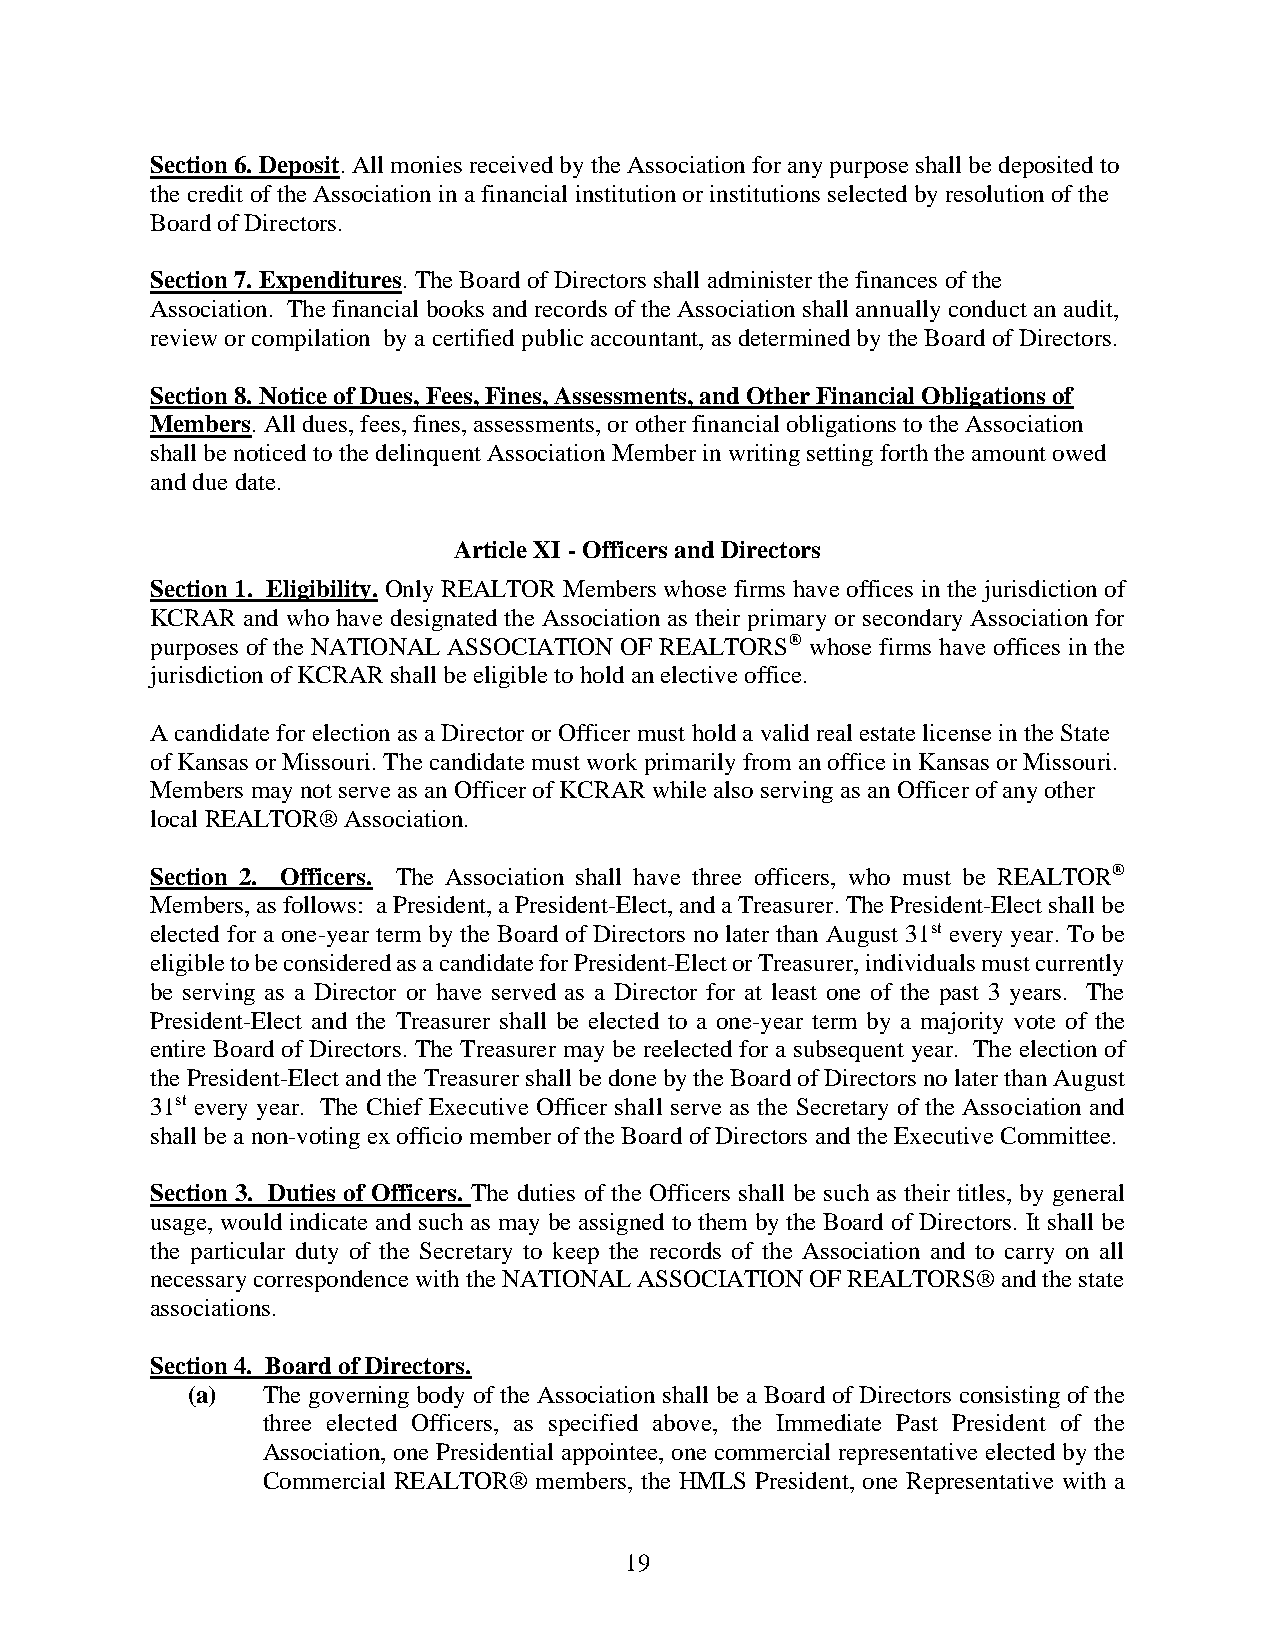
Section 6. Deposit. All monies received by the Association for any purpose shall be deposited to
 the credit of the Association in a financial institution or institutions selected by resolution of the
 Board of Directors.
 Section 7. Expenditures. The Board of Directors shall administer the finances of the
 Association. The financial books and records of the Association shall annually conduct an audit,
 review or compilation by a certified public accountant, as determined by the Board of Directors.
 Section 8. Notice of Dues, Fees, Fines, Assessments, and Other Financial Obligations of
 Members. All dues, fees, fines, assessments, or other financial obligations to the Association
 shall be noticed to the delinquent Association Member in writing setting forth the amount owed
 and due date.
 Article XI - Officers and Directors
 Section 1. Eligibility. Only REALTOR Members whose firms have offices in the jurisdiction of
 KCRAR and who have designated the Association as their primary or secondary Association for
 purposes of the NATIONAL ASSOCIATION OF REALTORS® whose firms have offices in the
 jurisdiction of KCRAR shall be eligible to hold an elective office.
 A candidate for election as a Director or Officer must hold a valid real estate license in the State
 of Kansas or Missouri. The candidate must work primarily from an office in Kansas or Missouri.
 Members may not serve as an Officer of KCRAR while also serving as an Officer of any other
 local REALTOR® Association.
 Section 2. Officers. The Association shall have three officers, who must be REALTOR®
 Members, as follows: a President, a President-Elect, and a Treasurer. The President-Elect shall be
 elected for a one-year term by the Board of Directors no later than August 31st every year. To be
 eligible to be considered as a candidate for President-Elect or Treasurer, individuals must currently
 be serving as a Director or have served as a Director for at least one of the past 3 years. The
 President-Elect and the Treasurer shall be elected to a one-year term by a majority vote of the
 entire Board of Directors. The Treasurer may be reelected for a subsequent year. The election of
 the President-Elect and the Treasurer shall be done by the Board of Directors no later than August
 31st every year. The Chief Executive Officer shall serve as the Secretary of the Association and
 shall be a non-voting ex officio member of the Board of Directors and the Executive Committee.
 Section 3. Duties of Officers. The duties of the Officers shall be such as their titles, by general
 usage, would indicate and such as may be assigned to them by the Board of Directors. It shall be
 the particular duty of the Secretary to keep the records of the Association and to carry on all
 necessary correspondence with the NATIONAL ASSOCIATION OF REALTORS® and the state
 associations.
 Section 4. Board of Directors.
 (a)  The governing body of the Association shall be a Board of Directors consisting of the
 three elected Officers, as specified above, the Immediate Past President of the
 Association, one Presidential appointee, one commercial representative elected by the
 Commercial REALTOR® members, the HMLS President, one Representative with a
 19